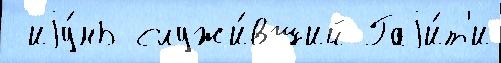
 иjу́нь служи́вший Гаjи́т'и